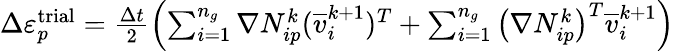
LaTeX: \begin{array}{r}{\Delta\varepsilon_{p}^{\mathrm{trial}}=\frac{\Delta t}{2}\left(\sum_{i=1}^{n_{g}}\nabla N_{ip}^{k}(\overline{{v}}_{i}^{k+1})^{T}+\sum_{i=1}^{n_{g}}\big(\nabla N_{ip}^{k}\big)^{T}\overline{{v}}_{i}^{k+1}\right)}\end{array}